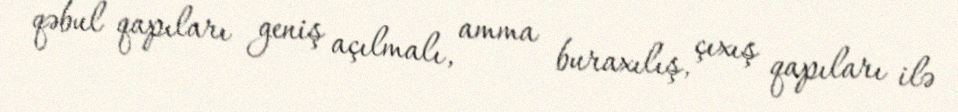
qəbul qapıları geniş açılmalı, amma buraxılış, çıxış qapıları ilə